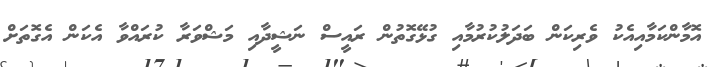
އޮމާންކަމާއިއެކު ވެރިކަން ބަދަލުކުރުމާއި ގުޅޭގޮތުން ރައީސް ނަޝީދާއި މަޝްވަރާ ކުރައްވާ އެކަން އެގޮތަށް